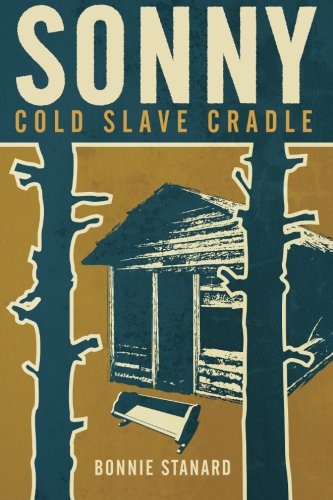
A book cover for SONNY, Cold Slave Cradle; Bonnie Stanard; Literature & Fiction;